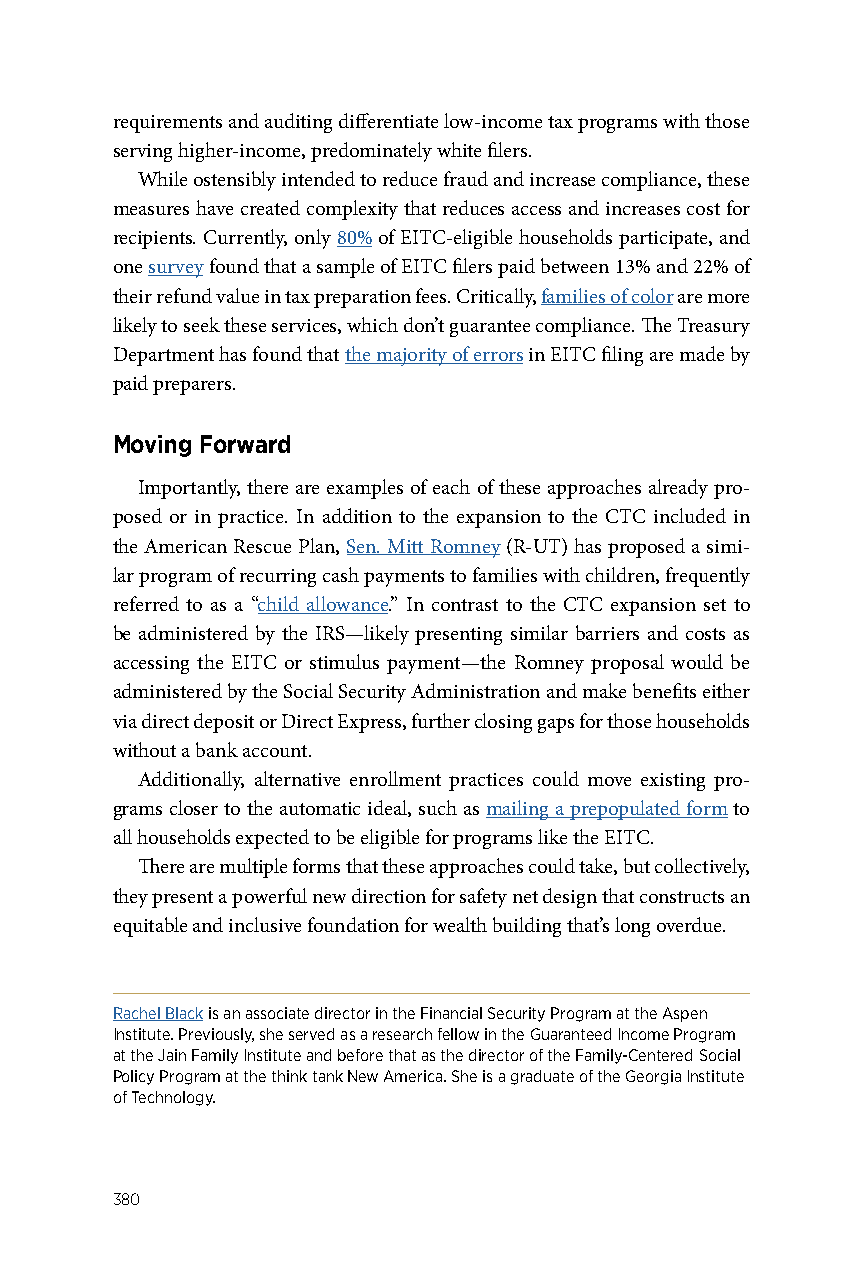
requirements and auditing differentiate low-income tax programs with those
 serving higher-income, predominately white filers.
 While ostensibly intended to reduce fraud and increase compliance, these
 measures have created complexity that reduces access and increases cost for
 recipients. Currently, only 80% of EITC-eligible households participate, and
 one survey found that a sample of EITC filers paid between 13% and 22% of
 their refund value in tax preparation fees. Critically, families of color are more
 likely to seek these services, which don’t guarantee compliance. The Treasury
 Department has found that the majority of errors in EITC filing are made by
 paid preparers.
 Moving Forward
 Importantly, there are examples of each of these approaches already pro-
 posed or in practice. In addition to the expansion to the CTC included in
 the American Rescue Plan, Sen. Mitt Romney (R-UT) has proposed a simi-
 lar program of recurring cash payments to families with children, frequently
 referred to as a “child allowance.” In contrast to the CTC expansion set to
 be administered by the IRS—likely presenting similar barriers and costs as
 accessing the EITC or stimulus payment—the Romney proposal would be
 administered by the Social Security Administration and make benefits either
 via direct deposit or Direct Express, further closing gaps for those households
 without a bank account.
 Additionally, alternative enrollment practices could move existing pro-
 grams closer to the automatic ideal, such as mailing a prepopulated form to
 all households expected to be eligible for programs like the EITC.
 There are multiple forms that these approaches could take, but collectively,
 they present a powerful new direction for safety net design that constructs an
 equitable and inclusive foundation for wealth building that’s long overdue.
 Rachel Black is an associate director in the Financial Security Program at the Aspen
 Institute. Previously, she served as a research fellow in the Guaranteed Income Program
 at the Jain Family Institute and before that as the director of the Family-Centered Social
 Policy Program at the think tank New America. She is a graduate of the Georgia Institute
 of Technology.
 380